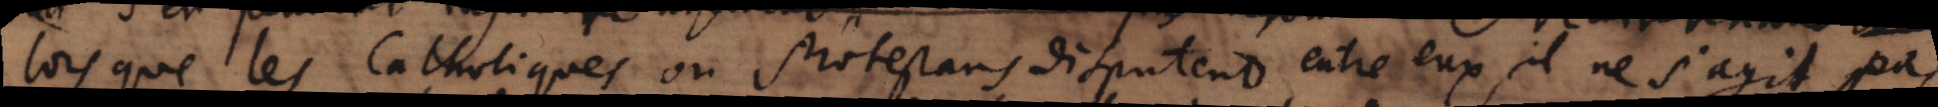
lorsque les Catholiques ou Protestans disputent entre eux, il ne s’agit pas